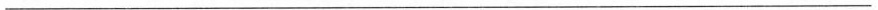
___